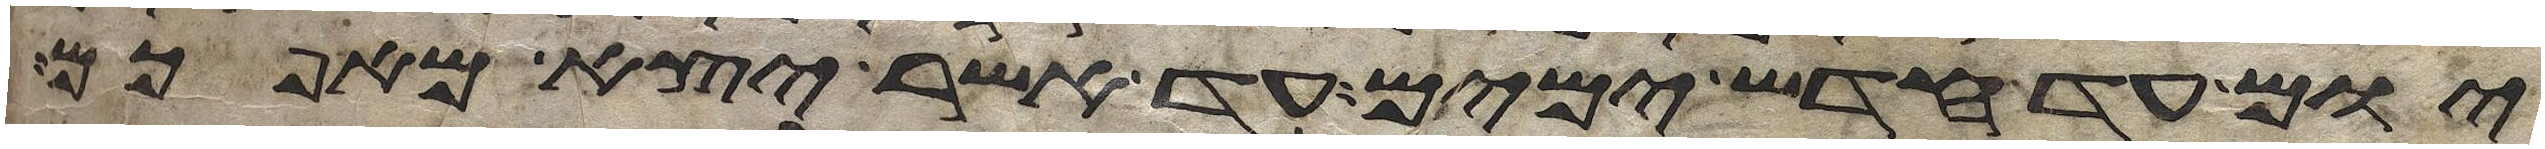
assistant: יום עד חדש ימים עד אשר יצא מאפכם